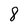
Character: 8